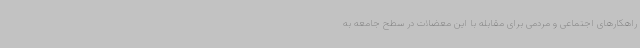
راهکارهای اجتماعی و مردمی برای مقابله با این معضلات در سطح جامعه به